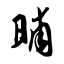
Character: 晡